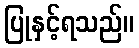
ပြုနှင့်ရသည်။